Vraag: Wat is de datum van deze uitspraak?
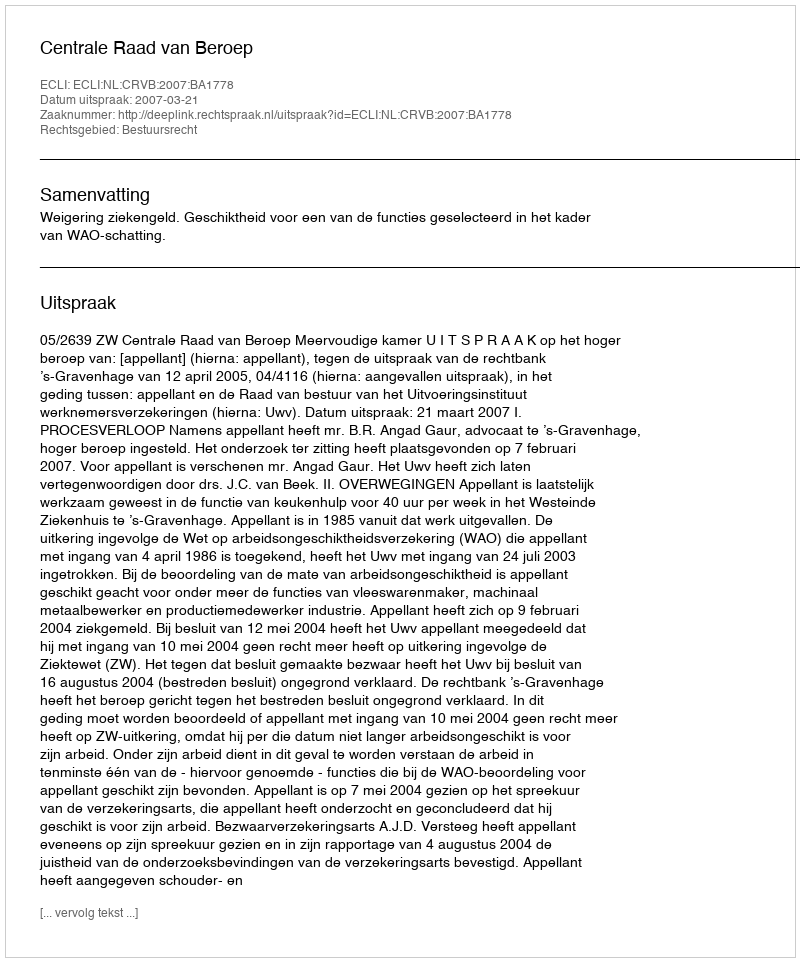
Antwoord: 2007-03-21